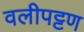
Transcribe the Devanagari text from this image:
वलीपट्टण